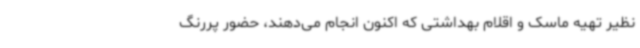
نظیر تهیه ماسک و اقلام بهداشتی که اکنون انجام می‌دهند، حضور پررنگ